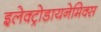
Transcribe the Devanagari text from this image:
इलेक्ट्रोडायनेमिक्स